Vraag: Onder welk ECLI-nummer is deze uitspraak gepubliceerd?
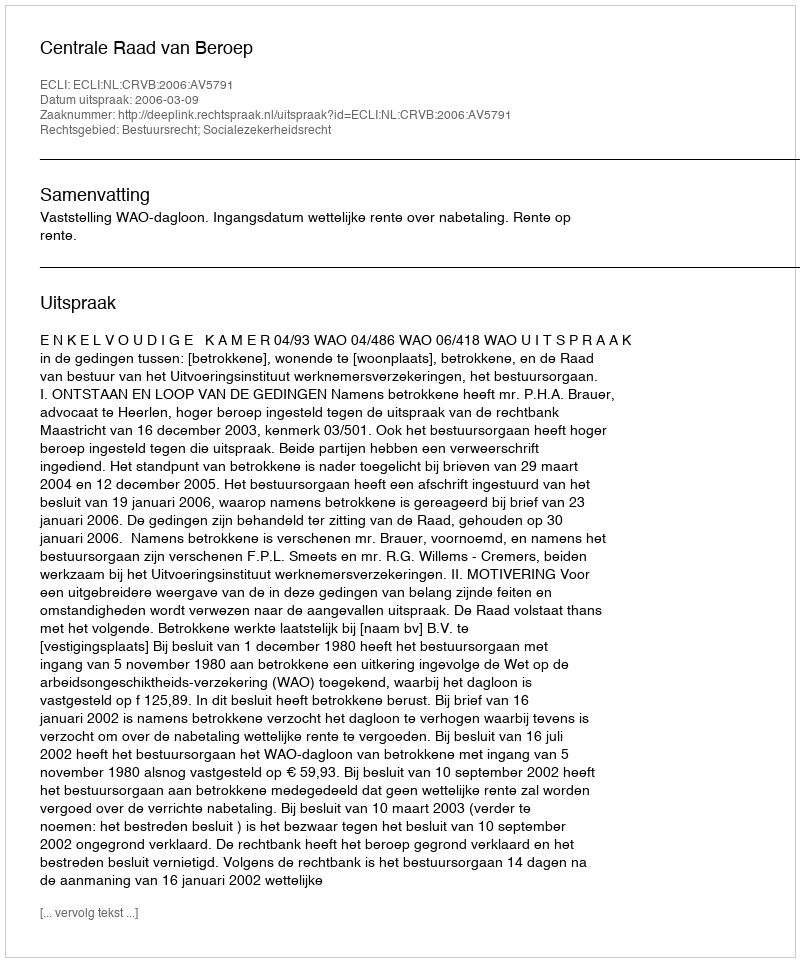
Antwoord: ECLI:NL:CRVB:2006:AV5791